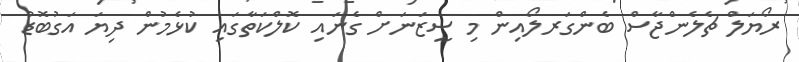
ރޯޔަލް ޗެލެންޖާސް ބެންގަރލޯއިން މި ސީޒަނަށް ގެނައި ކޮލްކަތާގައި ކުޅެމުން ދިޔަ އަގުބޮޑު